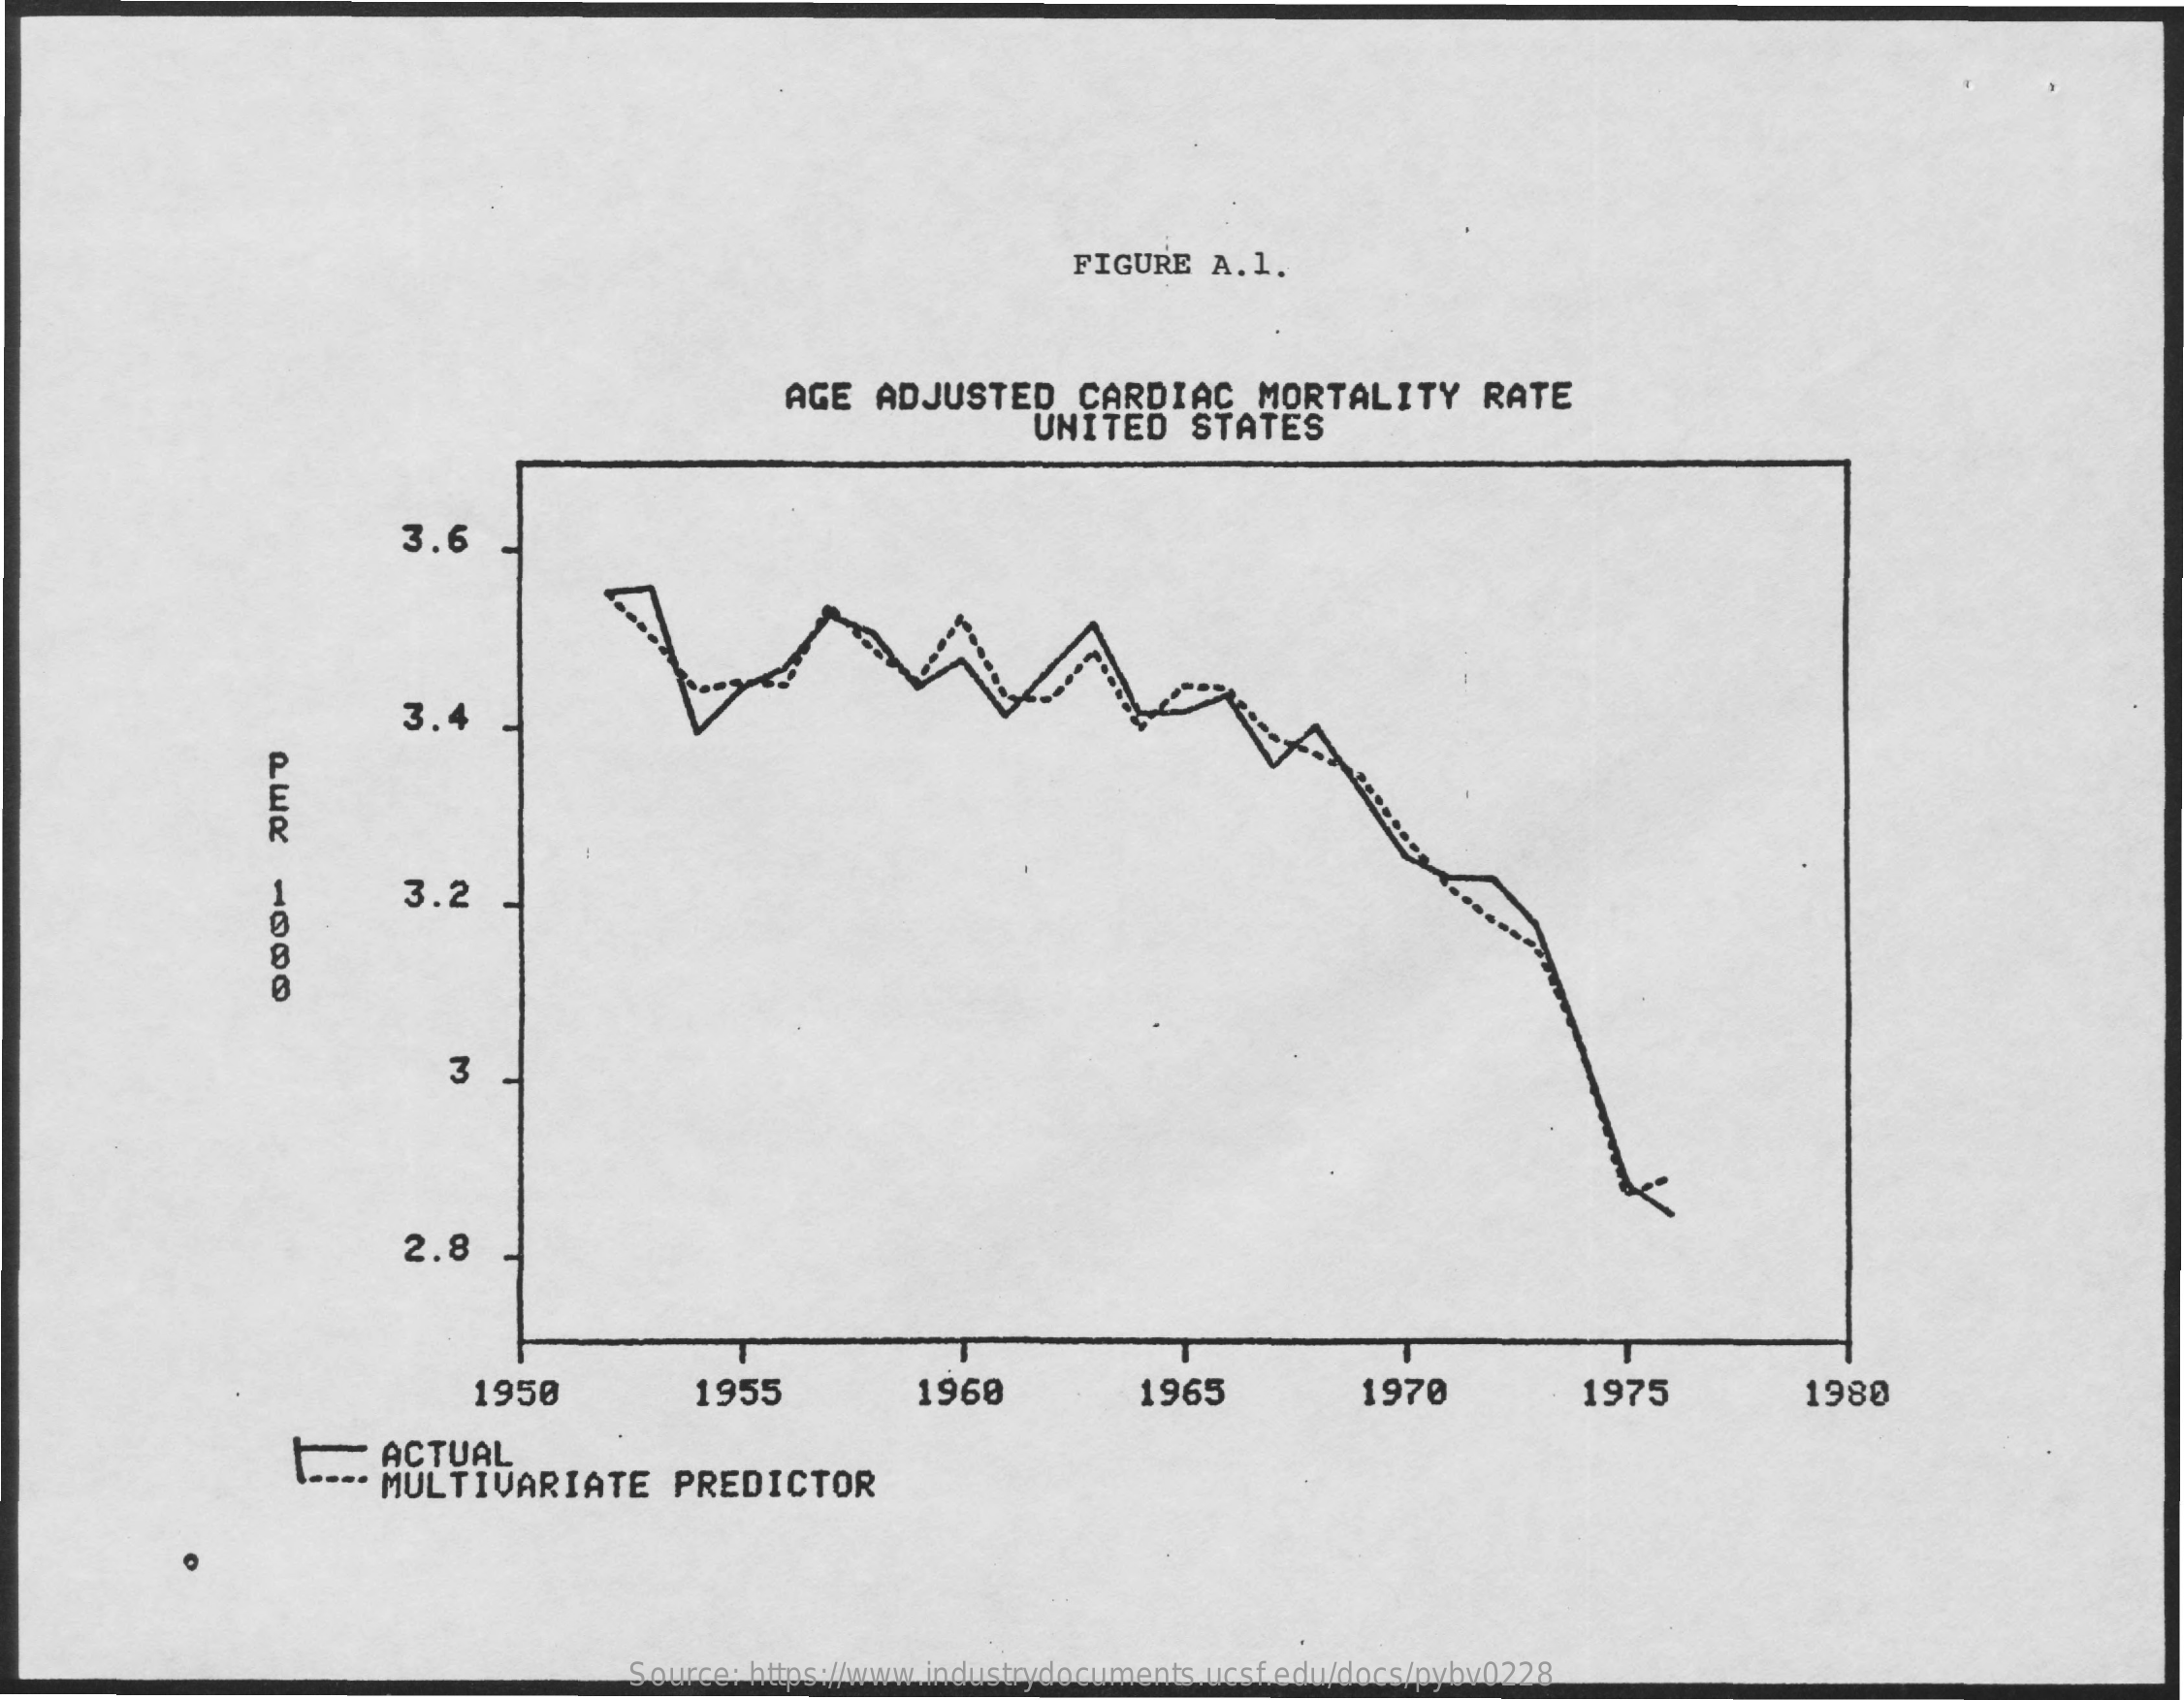
FIGURE  A.1.
     AGE  ADJUSTED    CARDIAC    MORTALITY    RATE
     UNITED    STATES
     3.6
     3.4
     3.2
     3
     2.8
     1950    1955    1960    1965    1970    1975    1980
     ACTUAL
     MULTIVARIATE    PREDICTOR
     Source: https://www.industrydocuments.ucsf.edu/docs/pybv0228